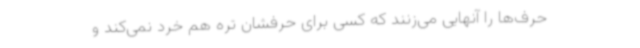
حرف‌ها را آنهایی می‌زنند که کسی برای حرفشان تره هم خرد نمی‌کند و